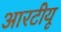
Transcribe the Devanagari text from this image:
आरटीयू